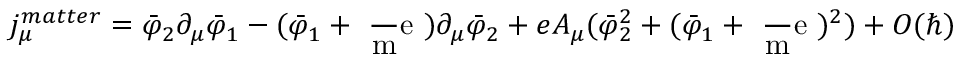
j _ { \mu } ^ { m a t t e r } = \bar { \varphi } _ { 2 } \partial _ { \mu } \bar { \varphi } _ { 1 } - ( \bar { \varphi } _ { 1 } + \mathrm { ~ \frac ~ m e ~ } ) \partial _ { \mu } \bar { \varphi } _ { 2 } + e A _ { \mu } ( \bar { \varphi } _ { 2 } ^ { 2 } + ( \bar { \varphi } _ { 1 } + \mathrm { ~ \frac ~ m e ~ } ) ^ { 2 } ) + O ( \hbar )